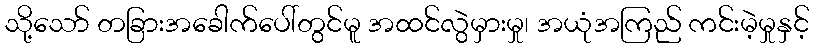
သို့သော် တခြားအခေါက်ပေါ်တွင်မူ အထင်လွဲမှားမှု၊ အယုံအကြည် ကင်းမဲ့မှုနှင့်